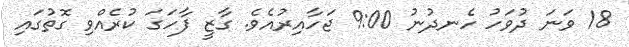
18 ވަނަ ދުވަހު ހެނދުނު 9:00 ޖަހާއިރުއެވެ. ގާޒީ ފާހަގަ ކުރެއްވި ގޮތުގައި